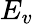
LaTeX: E_{v}